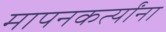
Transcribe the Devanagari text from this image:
मापनकर्त्यांना